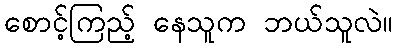
စောင့်ကြည့် နေသူက ဘယ်သူလဲ။